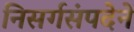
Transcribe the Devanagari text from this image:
निसर्गसंपदेने